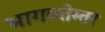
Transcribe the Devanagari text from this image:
भागवतेम्तर